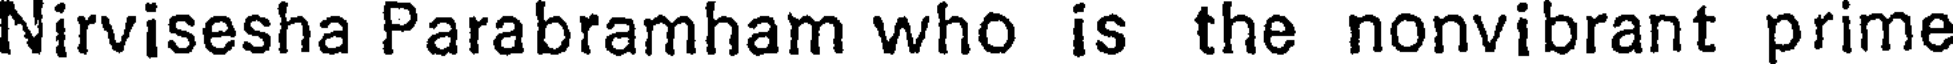
Nirvisesha Parabramham who is the nonvibrant prime